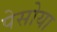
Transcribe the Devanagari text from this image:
पेसोया